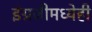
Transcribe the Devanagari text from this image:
इंग्रजीमध्येही